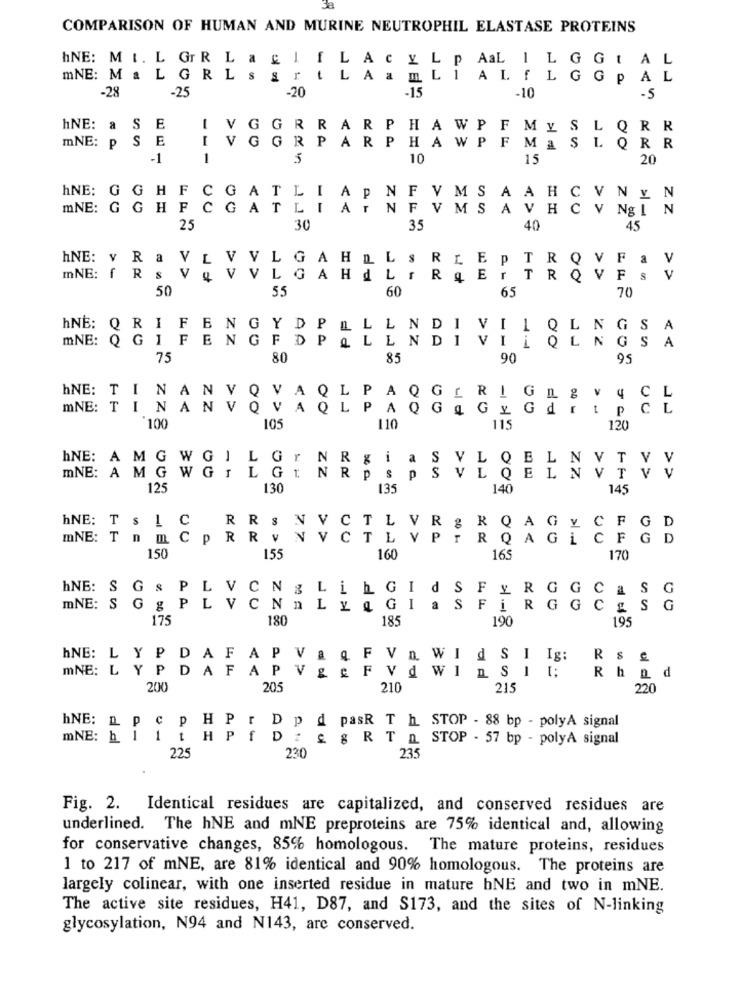
3a
COMPARISON OF HUMAN AND MURINE NEUTROPHIL ELASTASE PROTEINS
hNE: MI. L GrR LaglfLACYLp AL I LGGtAL
mNE: MaLGRLssrt LAamLI ALfLGGPAL
-28
-15
-25
-20
-10
-5
hNE: a S E
-
V
GRRARPHAWPF MYSLQRR
mNE: PS E
IVGGRPARPHAWPF MASLQRR
-1
1
5
10
15
20
hNE: G GH F
c
G
A
'LI APNF VMSAAHCVNYN
mNE: GG HFC
AT
.TATNFVMS AVHCV Ng I N
25
30
35
40
45
hNE: v Ra VLVV
. G
A H
LLSRLEPTRQVFaV
mNE: f R
V & V
VLGAHdLIR
4 ErTR
V Fs V
50
55
60
65
70
hNB: Q RI
F
N
G
Y
P
LLLNDI
LQLNG
S
A
mNE: Q GIF
FDP
>>
L
A
N G
QLENDI
VIL
--
75
80
85
90
95
hNE: TINANV
Q
QL
AQGERIGEgV
4
CL
mNE: TINANV
00
AQ
L
P
A Q
Ga Gy GdrtpCL
*100
110
11
120
hNE: AMGWGILGr
mNE: A MGWGILGINRP
PSVLQELNVTV
125
130
135
140
145
hNE: Ts 1 C
R RS NVCTL VR & R QAGV CFGD
mNE: T nmCp RR VNVCTLVPTRQAGLCFGD
150
155
160
165
170
INE: S G& PL VCNg LinGIdSFERGGCAS
mNE: S G g PL V CNn Ly Q GIaSFiRGGCES
G
175
180
185
190
195
hNE: LYP DAFAPVa Q FVnWIdSI Ig:
Rss
mNE: LY P DAF APVg& FVd WInSII;
Rhnd
200
205
210
215
220
hNE: npc p HPr Dpd pasR T h STOP - 88 bp - polyA signal
mNE: h 1 1 t HP f Dz & g RT n STOP - 57 bp - polyA signal
225
230
235
Fig. 2. Identical residues are capitalized, and conserved residues are
underlined. The hNE and mNE preproteins are 75% identical and, allowing
for conservative changes, 85% homologous. The mature proteins, residues
1 to 217 of mNE, are 81% identical and 90% homologous. The proteins are
largely colinear, with one inserted residue in mature hNE and two in mNE.
The active site residues, H41, D87, and S173, and the sites of N-linking
glycosylation, N94 and N143, are conserved.